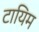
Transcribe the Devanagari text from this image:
टायिम